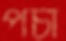
পঁচা